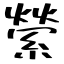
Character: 縈